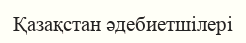
Қазақстан әдебиетшілері